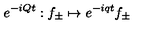
e ^ { - i Q t } : f _ { \pm } \mapsto e ^ { - i q t } f _ { \pm }